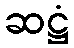
ဆဋ္ဌံ